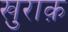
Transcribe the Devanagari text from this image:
खु़राक़